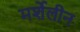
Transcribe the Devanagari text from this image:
मर्शेलीन